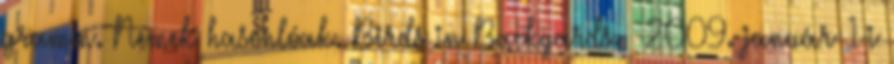
gramm. Nemek hasonlóak. Birds in Backyards. 2009. január 1-i